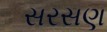
સરસણ